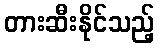
တားဆီးနိုင်သည့်